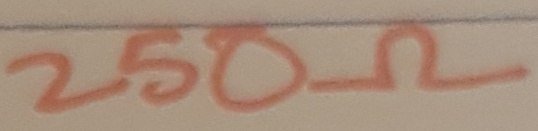
Text: 250Ω